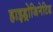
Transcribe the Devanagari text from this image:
हाइड्रोजिनेटिड